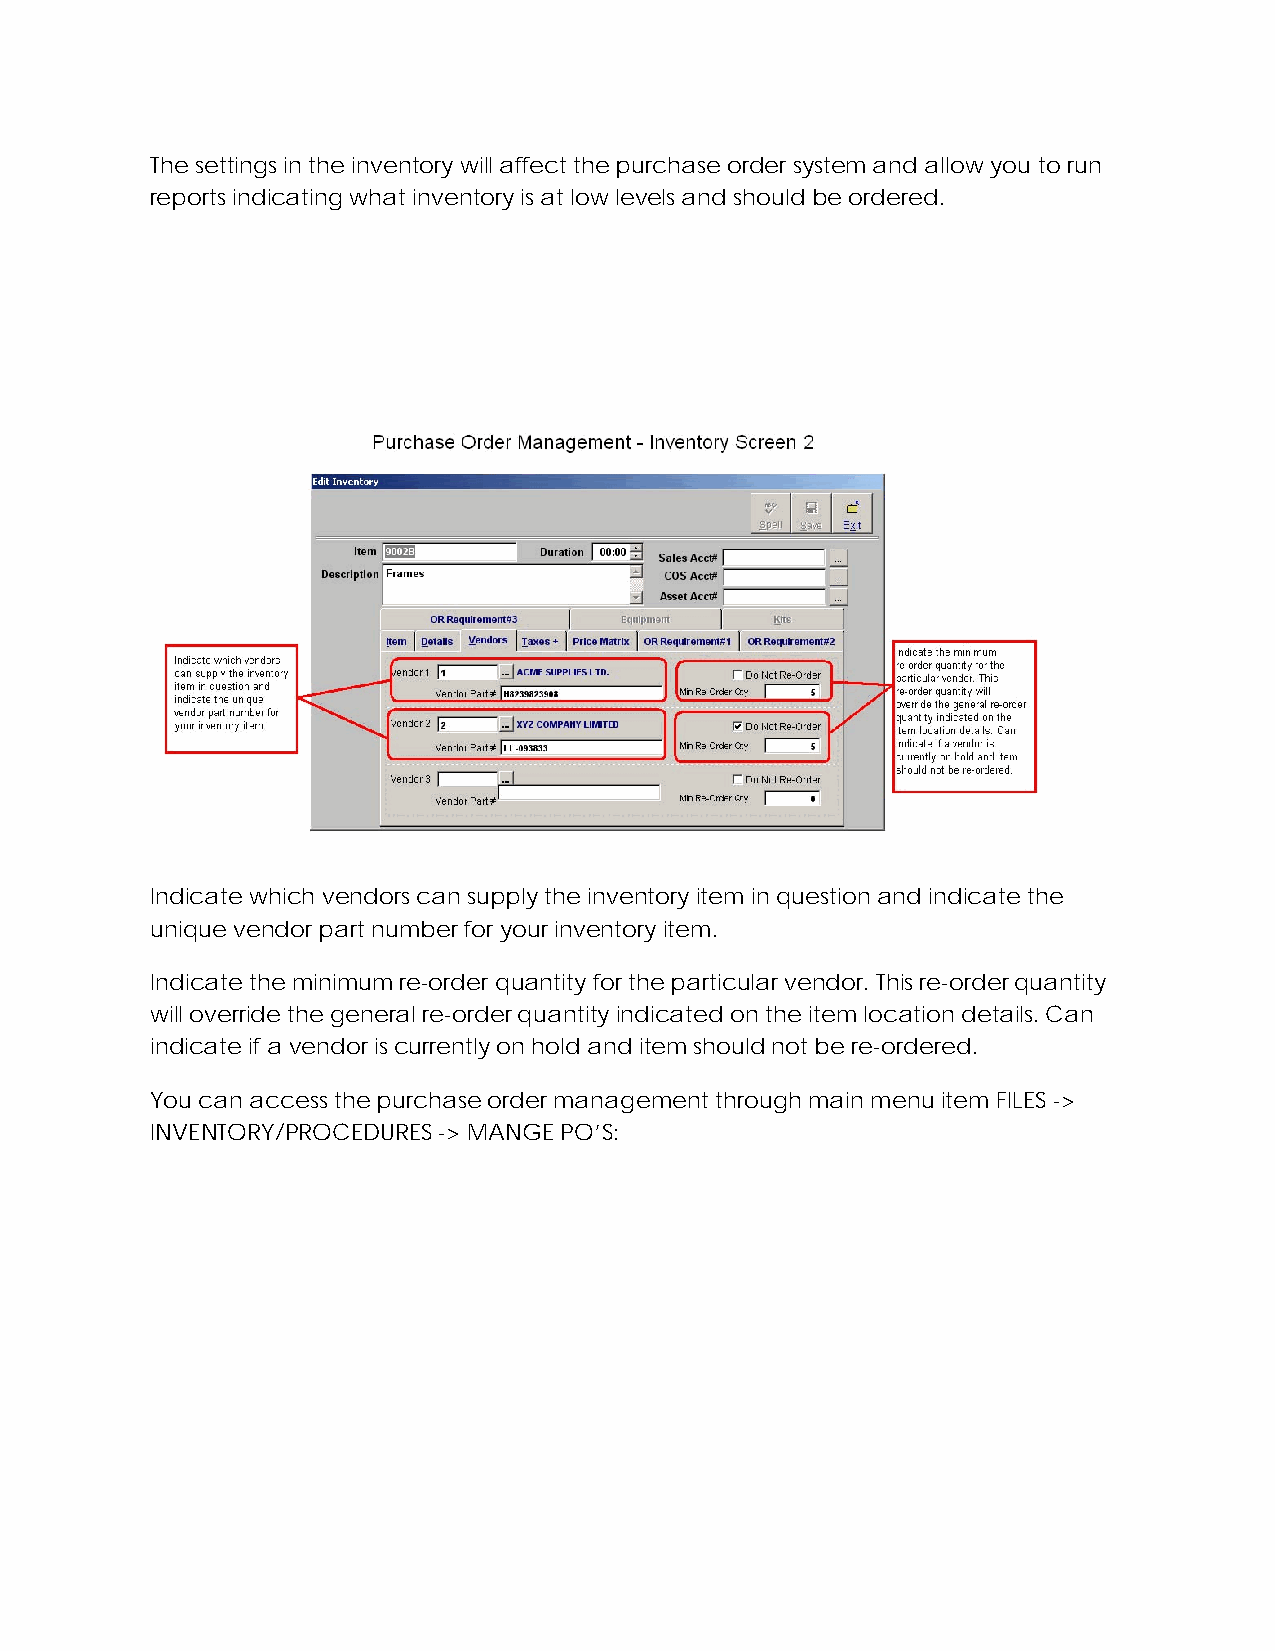
The settings in the inventory will affect the purchase order system and allow you to run
 reports indicating what inventory is at low levels and should be ordered.
 Indicate which vendors can supply the inventory item in question and indicate the
 unique vendor part number for your inventory item.
 Indicate the minimum re-order quantity for the particular vendor. This re-order quantity
 will override the general re-order quantity indicated on the item location details. Can
 indicate if a vendor is currently on hold and item should not be re-ordered.
 You can access the purchase order management through main menu item FILES ->
 INVENTORY/PROCEDURES -> MANGE PO’S: